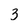
Character: 3